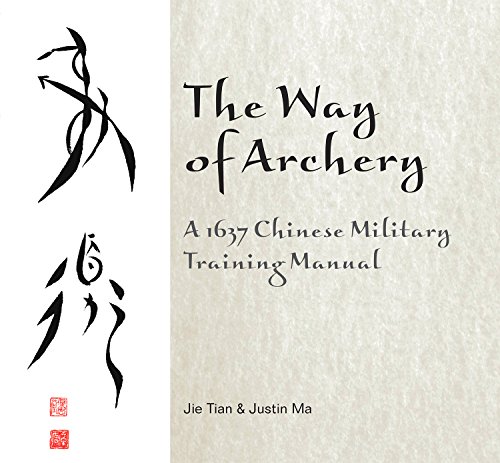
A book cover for The Way of Archery: A 1637 Chinese Military Training Manual; Jie Tian; Sports & Outdoors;